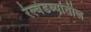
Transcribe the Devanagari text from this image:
रेल्वेडब्यांतील